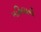
મહિલાની